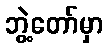
ဘွဲ့တော်မှာ